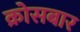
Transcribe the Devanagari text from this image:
क्रोसबार